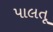
પાલતૂ